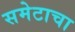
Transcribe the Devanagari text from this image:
समेटाचा